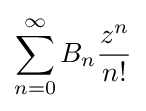
\sum _{n=0}^{\infty }B_{n}{\frac {z^{n}}{n!}}